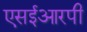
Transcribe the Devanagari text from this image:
एसईआरपी